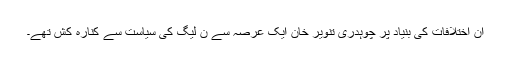
ان اختلافات کی بنیاد پر چوہدری تنویر خان ایک عرصہ سے ن لیگ کی سیاست سے کنارہ کش تھے۔